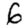
Digit: 6